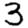
Digit: 3